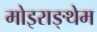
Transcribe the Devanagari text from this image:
मोइराङ्थेम